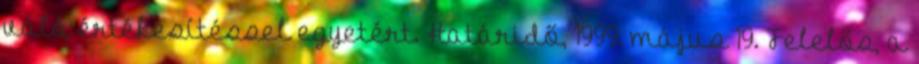
való értékesítéssel egyetért. Határidő, 1999. május 19. Felelős, a